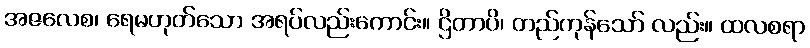
အဇလေစ၊ ရေမဟုတ်သော အရပ်လည်းကောင်း။ ဌိတာပိ၊ တည်ကုန်သော် လည်း။ ထလစရာ